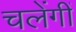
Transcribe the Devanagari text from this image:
चलेंगीं